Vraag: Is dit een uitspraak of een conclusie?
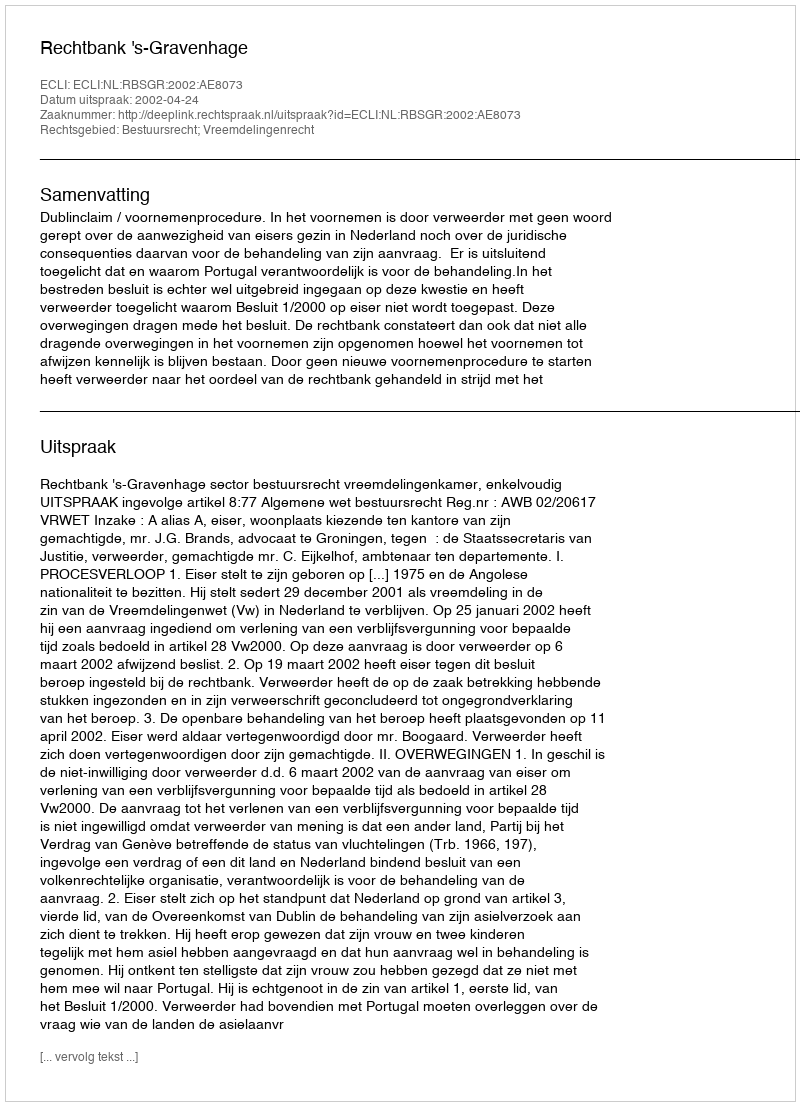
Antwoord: Uitspraak